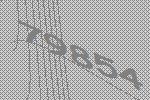
79854